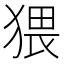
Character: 猥